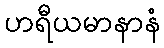
ဟရီယမာနာနံ